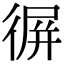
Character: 𢔧